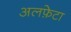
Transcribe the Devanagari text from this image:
अलफ़ेटा